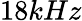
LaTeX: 18kHz